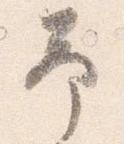
予